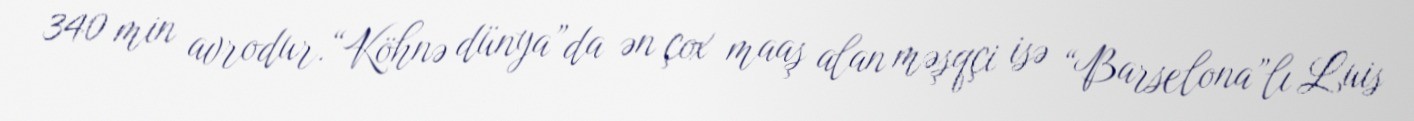
340 min avrodur.“Köhnə dünya”da ən çox maaş alan məşqçi isə “Barselona”lı Luis